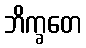
ဘိက္ခတေ